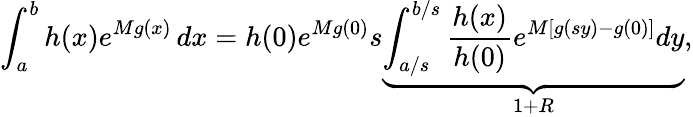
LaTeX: \int_{a}^{b}h(x)e^{Mg(x)}\, dx=h(0)e^{Mg(0)}s\underbrace{\int_{a/s}^{b/s}{\frac{h(x)}{h(0)}}e^{M\left[g(sy)-g(0)\right]}dy}_{1+R},